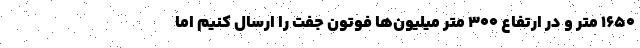
۱۶۵۰ متر و در ارتفاع ۳۰۰ متر میلیون‌ها فوتون جفت را ارسال کنیم اما